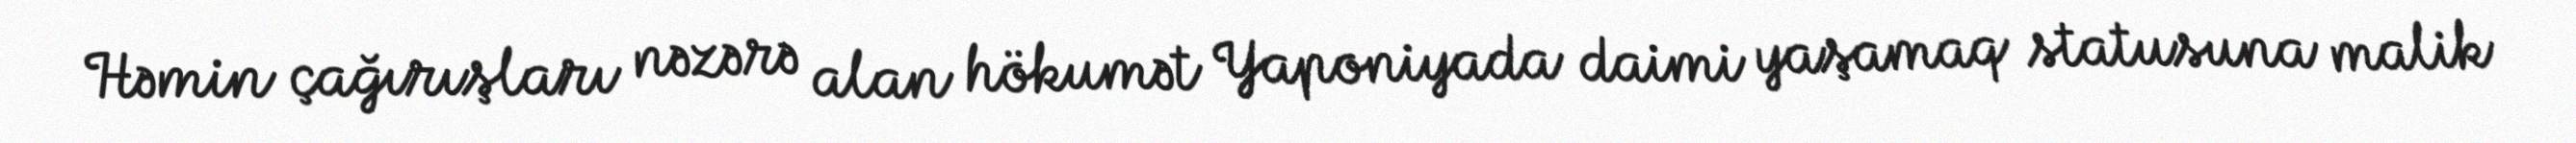
Həmin çağırışları nəzərə alan hökumət Yaponiyada daimi yaşamaq statusuna malik